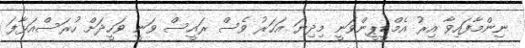
ނިންމާފައިވާ އިރު އެމްޑީޕީންވަނީ މިދިޔަ އަހަރު ވެސް ރައީސް ވަނީ ވަހީދަށް ހުރަސްއަޅާފަ